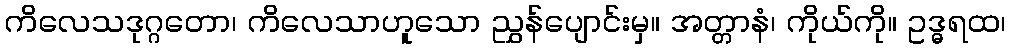
ကိလေသဒုဂ္ဂတော၊ ကိလေသာဟူသော ညွှန်ပျောင်းမှ။ အတ္တာနံ၊ ကိုယ်ကို။ ဥဒ္ဓရထ၊